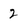
Character: 2